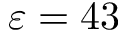
\varepsilon = 4 3